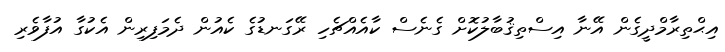
އިޙްތިރާމްދީގެން އޭނާ އިސްތިޤުބާލުކޮށް ގެނެސް ކާއެއްޗެހި ރޭގަނޑުގެ ކެއުން ދެމަފިރިން އެކުގާ އުފާވެރި